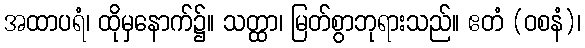
အထာပရံ၊ ထိုမှနောက်၌။ သတ္ထာ၊ မြတ်စွာဘုရားသည်။ ဧတံ (ဝစနံ)၊